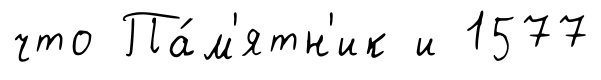
что Па́м'ятн'ик и 1577